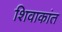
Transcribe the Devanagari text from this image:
शिवाकांत